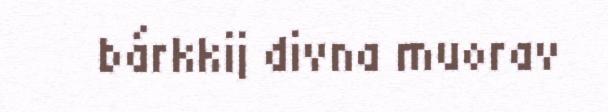
bárkkij divna muorav